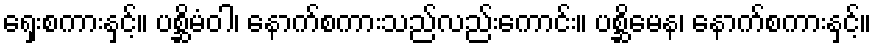
ရှေးစကားနှင့်။ ပစ္ဆိမံဝါ၊ နောက်စကားသည်လည်းကောင်း။ ပစ္ဆိမေန၊ နောက်စကားနှင့်။